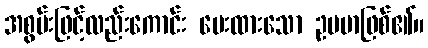
အစွမ်းဖြင့်လည်းကောင်း ပေးထားသော ဥပမာဖြစ်၏။